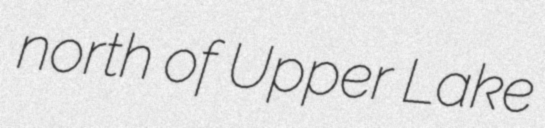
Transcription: north of Upper Lake